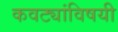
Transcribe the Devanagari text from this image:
कवट्यांविषयी